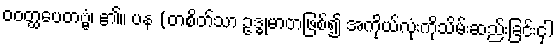
ဝဝတ္ထပေတဗ္ဗံ၊ ၏။ ပန (တစိတ်သာ ဥဒ္ဓုမာတဖြစ်၍ အကိုယ်လုံးကိုသိမ်းဆည်းခြင်းငှါ